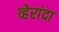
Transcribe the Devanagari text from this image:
व्हेरांदा